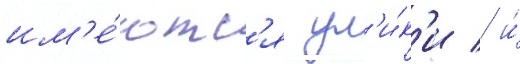
им'е́ютс'я ул'и́к'и / и́